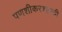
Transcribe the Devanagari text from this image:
पणशीकरशास्त्री